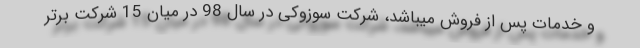
و خدمات پس از فروش میباشد، شرکت سوزوکی در سال 98 در میان 15 شرکت برتر